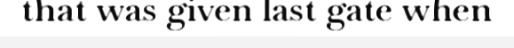
that was given last gate when